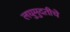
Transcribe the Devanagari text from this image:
लघुमुदतीचे